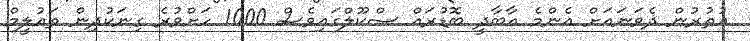
އުތުރުން ދެވަނައަށް އެންމެ އާބާދީ ބޮޑުރައް ސްކޫލްގައިވެސް 1000 ހަށްވުރެ ގިނަކުދިން ތައުލީމް